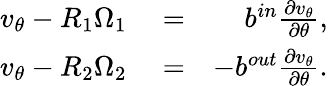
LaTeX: \begin{array}{rlr}{v_{\theta}-R_{1}\Omega_{1}}&{{}=}&{b^{in}\frac{\partial v_{\theta}}{\partial\theta},}\\ {v_{\theta}-R_{2}\Omega_{2}}&{{}=}&{-b^{out}\frac{\partial v_{\theta}}{\partial\theta}.}\end{array}